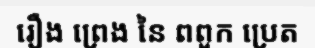
រឿង ព្រេង នៃ ពពួក ប្រេត